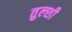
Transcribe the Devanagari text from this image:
तुल्शी